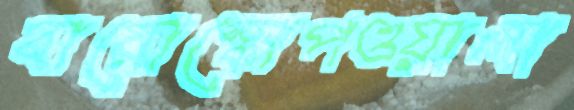
বায়োস্কোপওয়ালা